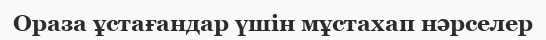
Ораза ұстағандар үшін мұстахап нәрселер